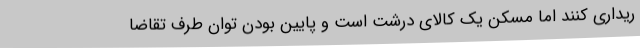
ریداری کنند اما مسکن یک کالای درشت است و پایین بودن توان طرف تقاضا